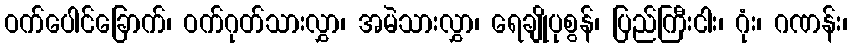
ဝက်ပေါင်ခြောက်၊ ဝက်ဂုတ်သားလွှာ၊ အမဲသားလွှာ၊ ရေချိုပုစွန်၊ ပြည်ကြီးငါး၊ ဂုံး၊ ဂဏန်း၊